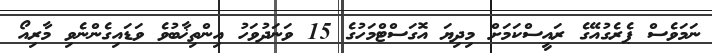
ނަމަވެސް ޕެރެގުއޭގެ ރައީސްކަމަށް މިދިޔަ އޮގަސްޓްމަހުގެ 15 ވަނަދުވަހު އިންތިޚާބުވެ ވަޑައިގެންނެވި މާރިއޯ